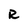
Character: R